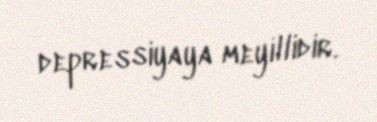
depressiyaya meyillidir.